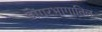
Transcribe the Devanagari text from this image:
डोंगरभागातिल